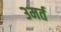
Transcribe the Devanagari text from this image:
३मर्त